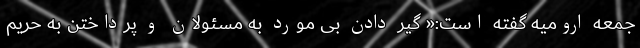
جمعه ارومیه گفته است:« گیر دادن بی مورد به مسئولان و پرداختن به حریم